Vaccination Hyderabad 1890-1903 - 1890-1903
Year: 1890
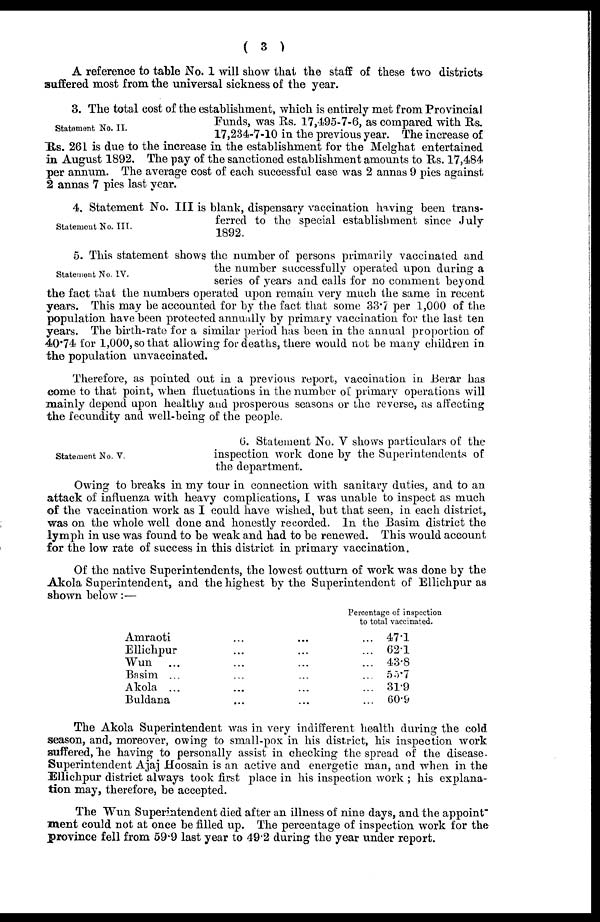
( 3 )
A reference to table No. 1 will show that the staff of these two districts
suffered most from the universal sickness of the year.
Statement No. II.
3. The total cost of the establishment, which is entirely met from Provincial
Funds, was Rs. 17,495-7-6, as compared with Rs.
17,234-7-10 in the previous year. The increase of
Rs. 261 is due to the increase in the establishment for the Melghat entertained
in August 1892. The pay of the sanctioned establishment amounts to Rs. 17,484
per annum. The average cost of each successful case was 2 annas 9 pies against
2 annas 7 pies last year.
Statement No. III.
4. Statement No. III is blank, dispensary vaccination having been trans-
ferred to the special establishment since July
1892.
Statement No. IV.
5. This statement shows the number of persons primarily vaccinated and
the number successfully operated upon during a
series of years and calls for no comment beyond
the fact that the numbers operated upon remain very much the same in recent
years. This may be accounted for by the fact that some 33.7 per 1,000 of the
population have been protected annually by primary vaccination for the last ten
years. The birth-rate for a similar period has been in the annual proportion of
40.74 for 1,000, so that allowing for deaths, there would not be many children in
the population unvaccinated.
Therefore, as pointed out in a previous report, vaccination in Berar has
come to that point, when fluctuations in the number of primary operations will
mainly depend upon healthy and prosperous seasons or the reverse, as affecting
the fecundity and well-being of the people.
Statement No. V.
6. Statement No. V shows particulars of the
inspection work done by the Superintendents of
the department.
Owing to breaks in my tour in connection with sanitary duties, and to an
attack of influenza with heavy complications, I was unable to inspect as much
of the vaccination work as I could have wished, but that seen, in each district,
was on the whole well done and honestly recorded. In the Basim district the
lymph in use was found to be weak and had to be renewed. This would account
for the low rate of success in this district in primary vaccination.
Of the native Superintendents, the lowest outturn of work was done by the
Akola Superintendent, and the highest by the Superintendent of Ellichpur as
shown below:—
Amraoti ... ...
Ellichpur ... ...
Wun ... ...
Basim ... ...
Akola ... ...
Buldana ... ...
Percentage of inspection
to total vaccinated.
47.1
62.1
43.8
55.7
31.9
60.9
The Akola Superintendent was in very indifferent health during the cold
season, and, moreover, owing to small-pox in his district, his inspection work
suffered, he having to personally assist in checking the spread of the disease.
Superintendent Ajaj Hoosain is an active and energetic man, and when in the
Ellichpur district always took first place in his inspection work ; his explana-
tion may, therefore, be accepted.
The Wun Superintendent died after an illness of nine days, and the appoint¬
ment could not at once be filled up. The percentage of inspection work for the
province fell from 59.9 last year to 49.2 during the year under report.